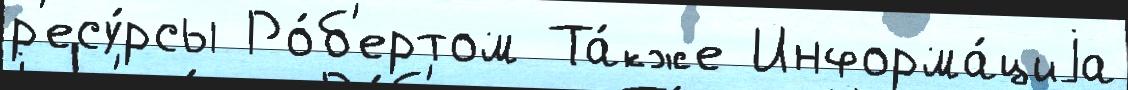
р'есу́рсы Ро́б'ертом Та́кже Информа́циjа